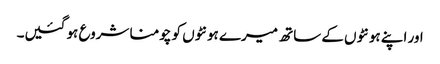
اور اپنے ہونٹوں کے ساتھ میرے ہونٹوں کو چومنا شروع ہو گئیں۔